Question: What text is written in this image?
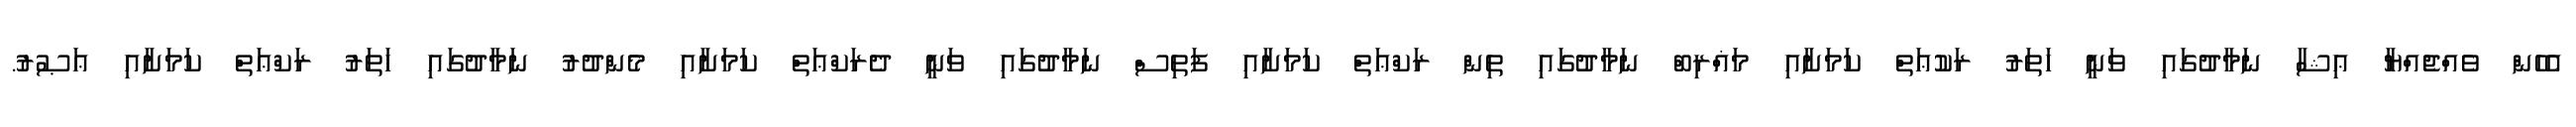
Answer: އެހެން ވެއްޖެއްޔާ ޢިޝާ ނަމާދުގައި ވަނީ ހަތަރު ރަކުޢަތް ކަމަށާއި މަޣްރިބް ނަމާދުގައި ތިން ރަކްޢަތް ކަމަށާއި ފަތިސް ނަމާދުގައި ވަނީ ދެރަކްޢަތް ކަމަށާއި މެންދުރު ނަމާދުގައި ހަތަރު ރަކްޢަތް ކަމަށާއި ޢަޞުރު.